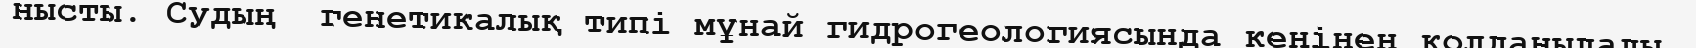
нысты. Судың  генетикалық типі мұнай гидрогеологиясында кеңінен қолданылады.